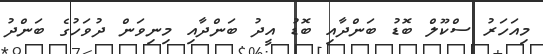
މިއަހަރު ސްކޫލް ބޮޑު ބަންދާއި ބޮޑު އީދު ބަންދާއި މިނިވަން ދުވަހުގެ ބަންދު